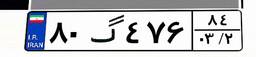
۸۰گ۴۷۶۸۴